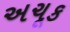
અચૂક